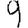
Digit: 9